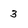
Character: 3